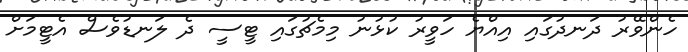
ހެންވޭރު ދަނދުގައި އިއްޔެ ހަވީރު ކުޅުނު މިމެޗުގައި ޓީސީ ދެ ލަނޑުވެސް އެޓީމަށް